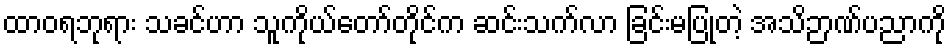
ထာဝရဘုရား သခင်ဟာ သူကိုယ်တော်တိုင်က ဆင်းသက်လာ ခြင်းမပြုတဲ့ အသိဉာဏ်ပညာကို